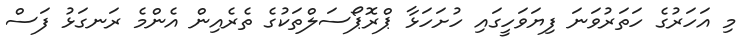
މި އަހަރުގެ ހަތަރުވަނަ ފިޔަވަހީގައި ހުށަހަޅާ ޕްރޮޕޯސަލްތަކުގެ ތެރެއިން އެންމެ ރަނގަޅު ފަސް